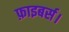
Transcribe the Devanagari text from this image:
फ़ाइबर्स।